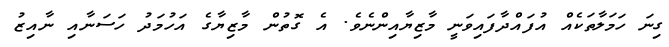
ގިނަ ހަމަލާތަކެއް އުފައްދާފައިވަނީ މާޒިޔާއިންނެވެ. އެ ގޮތުން މާޒިޔާގެ އަހުމަދު ހަސަނާއި ނާއިޒު